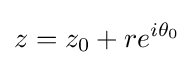
z=z_{0}+re^{i\theta _{0}}